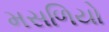
મસળિયો